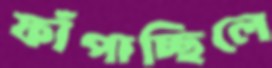
ফাঁপাচ্ছিলে